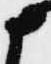
申